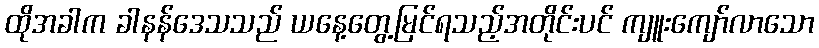
ထိုအခါက ခါနန်ဒေသသည် ယနေ့တွေ့မြင်ရသည့်အတိုင်းပင် ကျူးကျော်လာသော